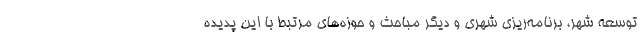
توسعه شهر، برنامه‌ریزی شهری و دیگر مباحث و حوزه‌های مرتبط با این پدیده